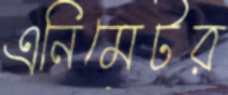
এনিমেটর